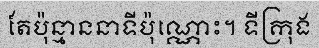
តែប៉ុន្មាននាទីប៉ុណ្ណោះ។ ទីក្រុង